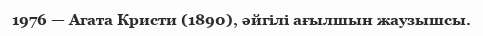
1976 — Агата Кристи (1890), әйгілі ағылшын жаузышсы.